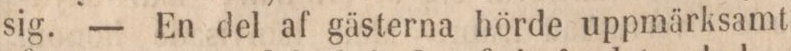
sig. — En del af gästerna hörde uppmärksamt